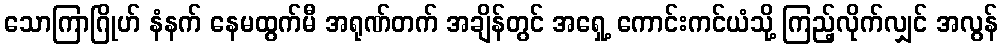
သောကြာဂြိုဟ် နံနက် နေမထွက်မီ အရုဏ်တက် အချိန်တွင် အရှေ့ ကောင်းကင်ယံသို့ ကြည့်လိုက်လျှင် အလွန်